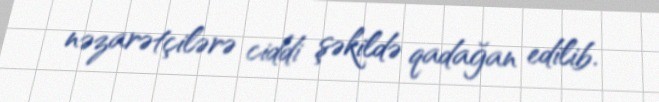
nəzarətçilərə ciddi şəkildə qadağan edilib.